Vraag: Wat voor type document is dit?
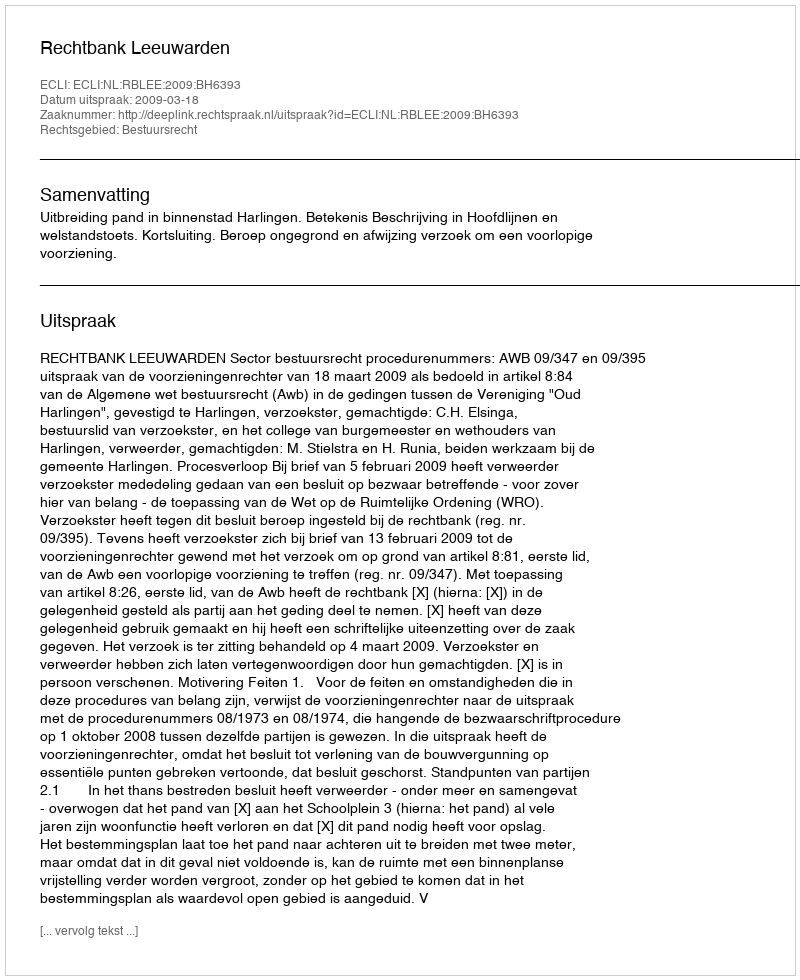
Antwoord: Uitspraak